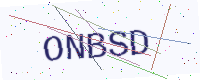
Text: ONBSD